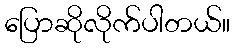
ပြောဆိုလိုက်ပါတယ်။